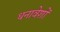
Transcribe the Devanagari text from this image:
धनावेशों